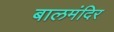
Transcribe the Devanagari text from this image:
बालमंदिर